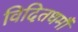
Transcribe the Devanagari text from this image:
विदितधर्मौ